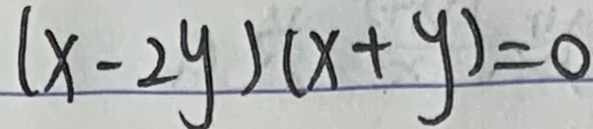
( x - 2 y ) ( x + y ) = 0